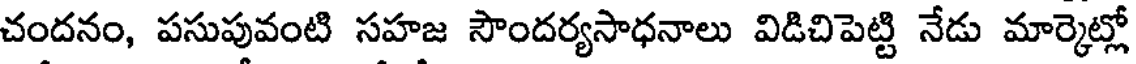
చందనం, పసుపువంటి సహజ సౌందర్యసాధనాలు విడిచిపెట్టి నేడు మార్కెట్లో